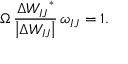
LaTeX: \Omega \, \frac { \Delta { W _ { I J } } ^ { * } } { \left| \Delta W _ { I J } \right| } \, \omega _ { I J } = 1 .